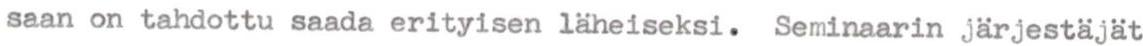
saan on tahdottu saada erityisen läheiseksi. Seminaarin järjestäjät